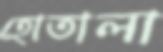
হোতালা